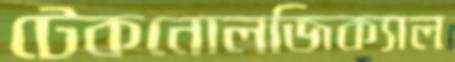
টেকনোলজিক্যাল